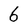
Character: 6